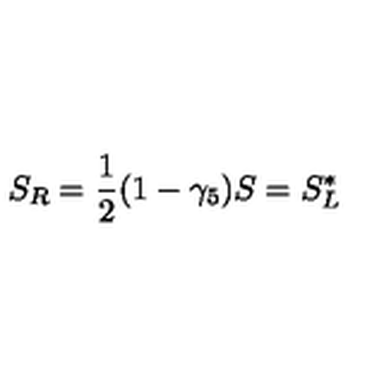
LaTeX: S _ { R } = \frac { 1 } { 2 } ( 1 - \gamma _ { 5 } ) S = S _ { L } ^ { * }